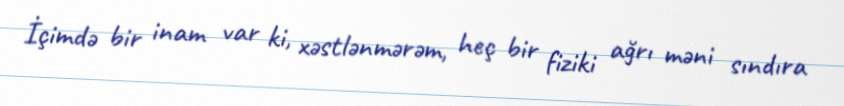
İçimdə bir inam var ki, xəstlənmərəm, heç bir fiziki ağrı məni sındıra